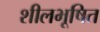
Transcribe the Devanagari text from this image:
शीलभूषित